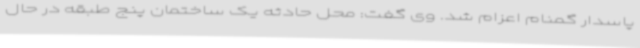
پاسدار گمنام اعزام شد. وی گفت: محل حادثه یک ساختمان پنج طبقه در حال